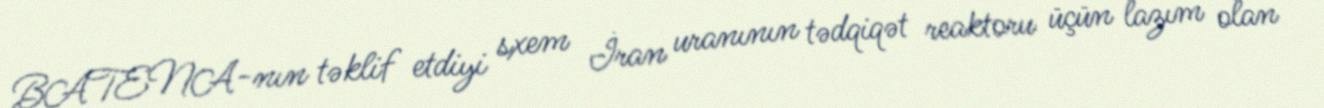
BATENA-nın təklif etdiyi sxem İran uranının tədqiqət reaktoru üçün lazım olan